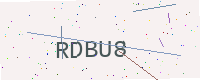
Text: RDBU8